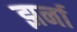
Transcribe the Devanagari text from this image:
झर्ना